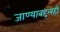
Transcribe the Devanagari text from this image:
जाण्याबद्दलही